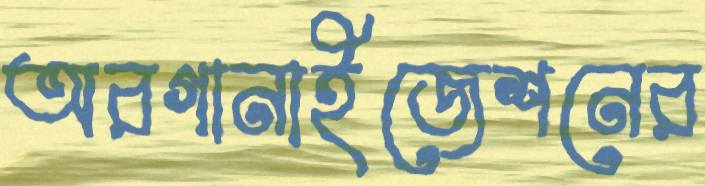
অরগানাইজেশনের